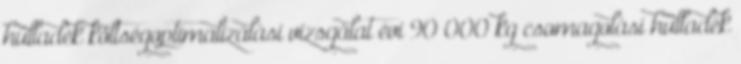
hulladék költségoptimalizálási vizsgálat évi 90 000 kg csomagolási hulladék